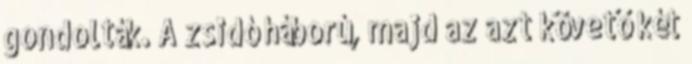
gondolták. A zsidó háború, majd az azt követő két